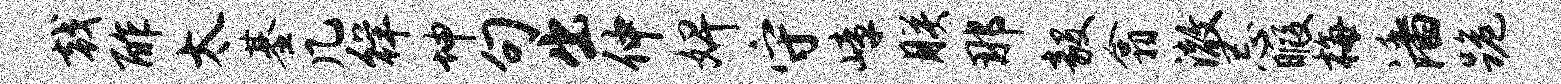
戟酢太基几徉坤句出仲婢守嶂朕那毅翕澈忌暇梅潘跪